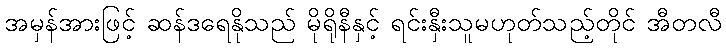
အမှန်အားဖြင့် ဆန်ဒရေနိုသည် မိုရိုနီနှင့် ရင်းနှီးသူမဟုတ်သည့်တိုင် အီတလီ